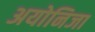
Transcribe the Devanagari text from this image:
अयोनिजा